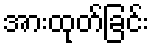
အားထုတ်ခြင်း